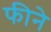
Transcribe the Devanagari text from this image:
फीने